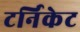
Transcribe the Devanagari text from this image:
टर्निकेट